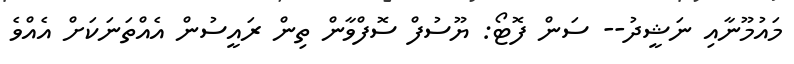
މައުމޫނާއި ނަޝީދު-- ސަން ފޮޓޯ: ޔޫސުފް ސޮފްވާން ތިން ރައީސުން އެއްތަނަކަށް އެއްވެ